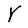
Character: Y